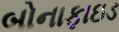
બોનાફાઇડ